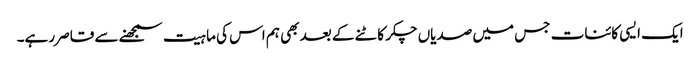
ایک ایسی کائنات جس میں صدیاں چکر کاٹنے کے بعد بھی ہم اس کی ماہیت سمجھنے سے قاصر رہے۔